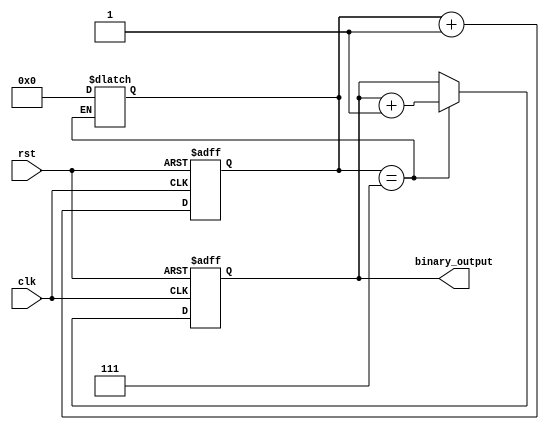
module clock_divider (
    input clk,
    input rst,
    output reg [3:0] binary_output
);

reg [3:0] current_state;
reg [3:0] next_state;
reg [3:0] count;

always @(posedge clk or posedge rst) begin
    if (rst) begin
        current_state <= 4'b0000;
        count <= 4'b0000;
    end else begin
        current_state <= next_state;
        count <= count + 1;
    end
end

always @* begin
    if (count == 4'd7) begin
        next_state <= current_state + 1;
        count <= 4'b0000;
    end else begin
        next_state <= current_state;
    end
end

assign binary_output = current_state;

endmodule